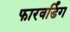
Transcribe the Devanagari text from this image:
फारवर्डिंग